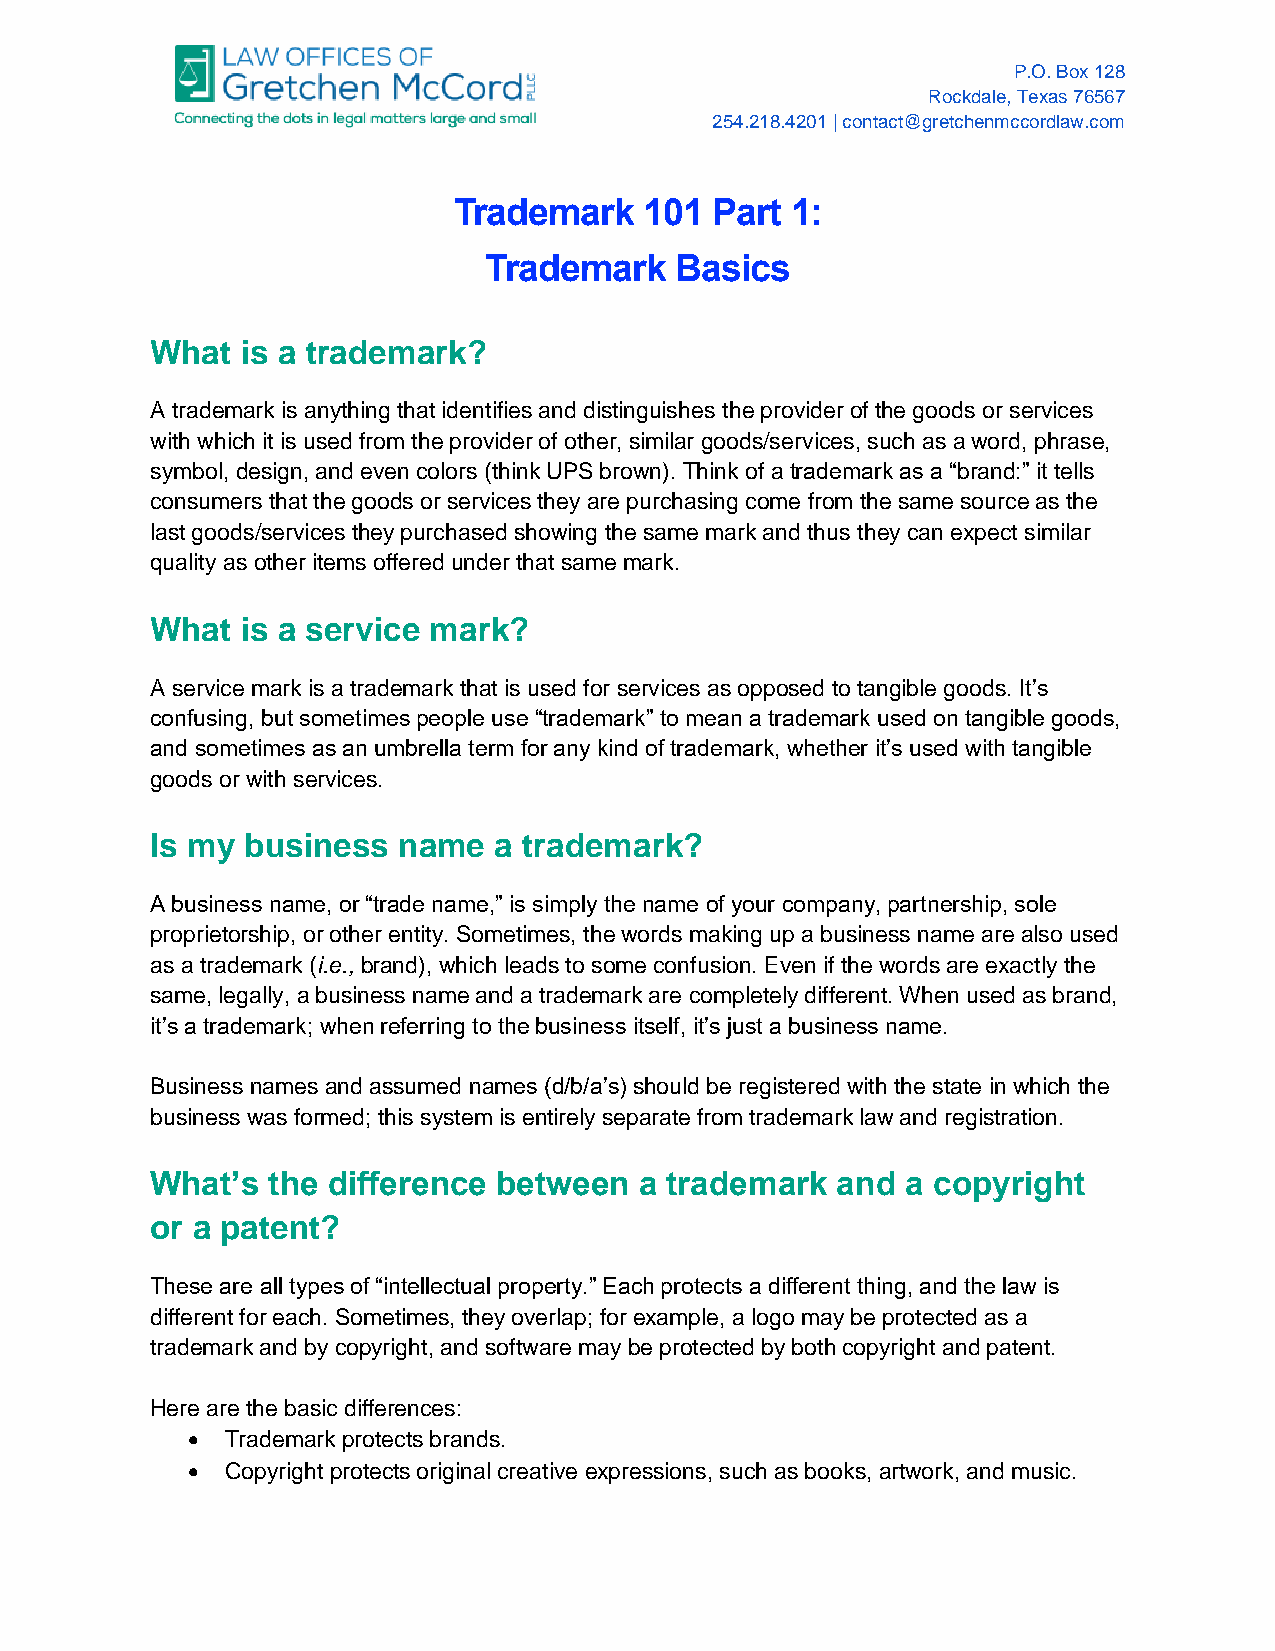
P.O. Box 128
 Rockdale, Texas 76567
 254.218.4201 | contact@gretchenmccordlaw.com
 Trademark    101 Part 1:
 Trademark    Basics
 What  is a trademark?
 A trademark is anything that identifies and distinguishes the provider of the goods or services
 with which it is used from the provider of other, similar goods/services, such as a word, phrase,
 symbol, design, and even colors (think UPS brown). Think of a trademark as a “brand:” it tells
 consumers that the goods or services they are purchasing come from the same source as the
 last goods/services they purchased showing the same mark and thus they can expect similar
 quality as other items offered under that same mark.
 What  is a service mark?
 A service mark is a trademark that is used for services as opposed to tangible goods. It’s
 confusing, but sometimes people use “trademark” to mean a trademark used on tangible goods,
 and sometimes as an umbrella term for any kind of trademark, whether it’s used with tangible
 goods or with services.
 Is my business  name   a trademark?
 A business name, or “trade name,” is simply the name of your company, partnership, sole
 proprietorship, or other entity. Sometimes, the words making up a business name are also used
 as a trademark (i.e., brand), which leads to some confusion. Even if the words are exactly the
 same, legally, a business name and a trademark are completely different. When used as brand,
 it’s a trademark; when referring to the business itself, it’s just a business name.
 Business names and assumed names (d/b/a’s) should be registered with the state in which the
 business was formed; this system is entirely separate from trademark law and registration.
 What’s  the difference between  a trademark  and  a copyright
 or a patent?
 These are all types of “intellectual property.” Each protects a different thing, and the law is
 different for each. Sometimes, they overlap; for example, a logo may be protected as a
 trademark and by copyright, and software may be protected by both copyright and patent.
 Here are the basic differences:
 •  Trademark protects brands.
 •  Copyright protects original creative expressions, such as books, artwork, and music.